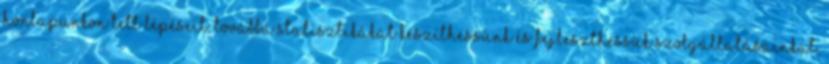
honlapunkon tett lépéseit, továbbá statisztikákat készíthessünk és fejleszthessük szolgáltatásainkat,